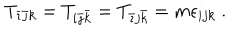
T _ { \bar { \imath } \bar { \jmath } k } = T _ { i \bar { \jmath } \bar { k } } = T _ { \bar { \imath } j \bar { k } } = m \epsilon _ { i j k } \ .